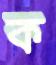
ক